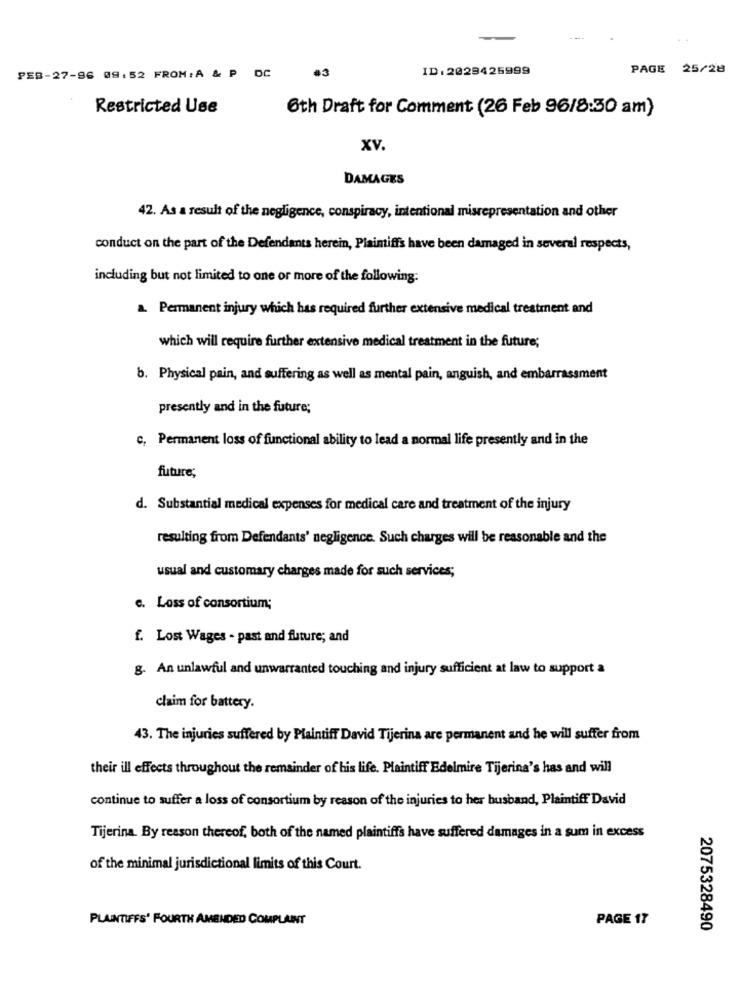
---
PES-27-96 09:52 FROM:A & P DC
.3
ID: 2029426999
PAGE
25/28
Restricted Use
Oth Draft for Comment (26 Feb 96/8:30 am)
XV.
DAMAGES
42. As a result of the negligence, conspiracy, intentional misrepresentation and other
conduct on the part of the Defendants herein, Plaintiffs have been damaged in several respects,
including but not limited to one or more of the following:
a. Permanent injury which has required further extensive medical treatment and
which will require further extensive medical treatment in the future;
b. Physical pain, and suffering as well as mental pain, anguish, and embarrassment
presently and in the future;
c, Permanent loss of functional ability to lead a normal life presently and in the
future;
d. Substantial medical expenses for medical care and treatment of the injury
resulting from Defendants' negligence. Such charges will be reasonable and the
usual and customary charges made for such services;
c. Loss of consortium;
f. Lost Wages - past and future; and
g. An unlawful and unwarranted touching and injury sufficient at law to support a
claim for battery.
43. The injuries suffered by Plaintiff David Tijerina are permanent and he will suffer from
their ill effects throughout the remainder of his life. Plaintiff Edelmire Tijerina's has and will
continue to suffer a loss of consortium by reason of the injuries to her busband, Plaintiff David
Tijerina. By reason thereof, both of the named plaintiffs have suffered damages in a sum in excess
of the minimal jurisdictional limits of this Court.
PLAINTIFFS' FOURTH AMENDED COMPLANT
PAGE 17
2075328490